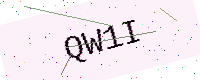
Text: QW1I